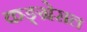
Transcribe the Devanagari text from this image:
कङ्ग्रेसल